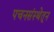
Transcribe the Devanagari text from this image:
पचनसंस्थेतून